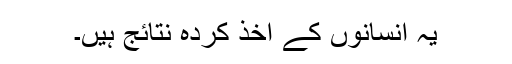
یہ انسانوں کے اخذ کردہ نتائج ہیں۔